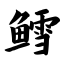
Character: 鳕